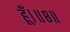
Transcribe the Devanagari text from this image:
हूँ।॥८॥